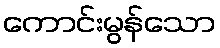
ကောင်းမွန်သော